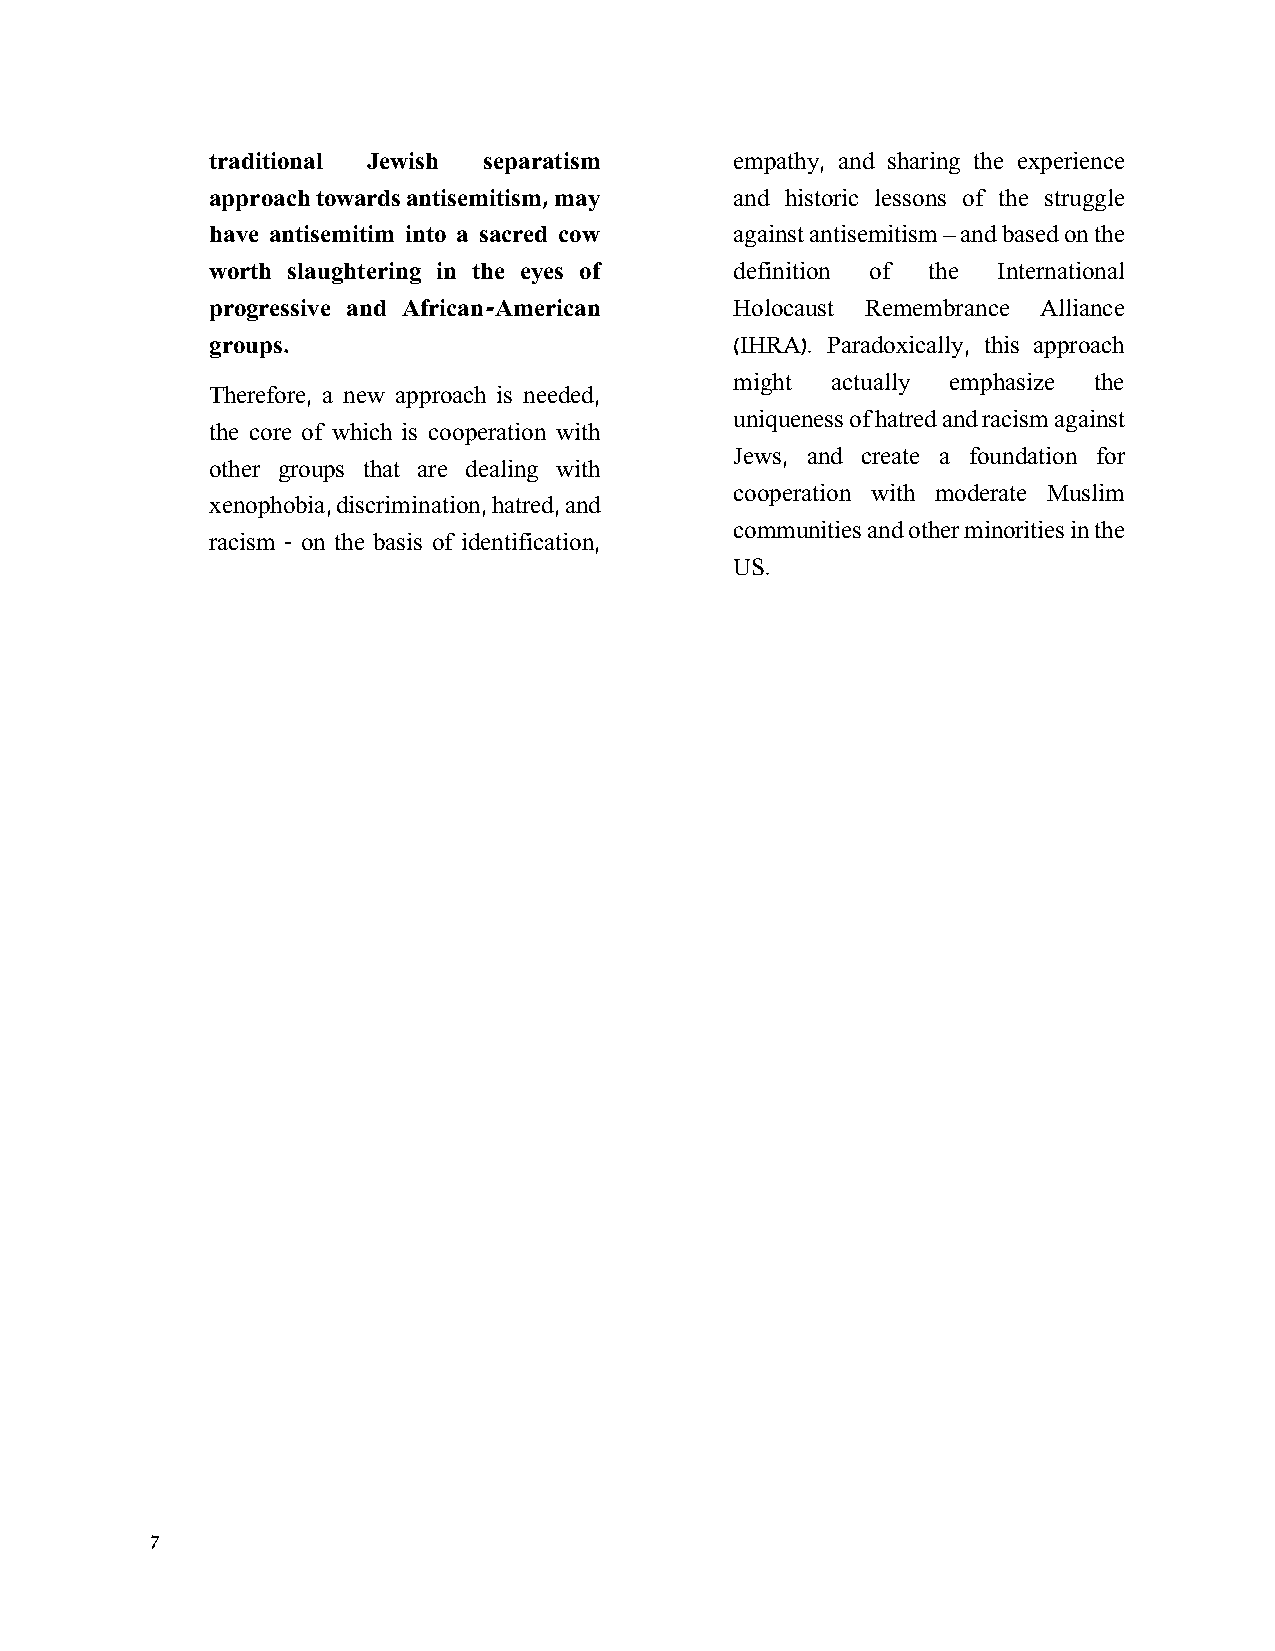
traditional Jewish separatism      empathy, and sharing the experience
 approach towards antisemitism, may and historic lessons of the struggle
 have antisemitim into a sacred cow against antisemitism – and based on the
 worth slaughtering in the eyes of  definition of the International
 progressive and African-American   Holocaust Remembrance Alliance
 groups.                            (IHRA). Paradoxically, this approach
 might actually emphasize the
 Therefore, a new approach is needed,
 uniqueness of hatred and racism against
 the core of which is cooperation with
 Jews, and create a foundation for
 other groups that are dealing with
 cooperation with moderate Muslim
 xenophobia, discrimination, hatred, and
 communities and other minorities in the
 racism - on the basis of identification,
 US.
 7